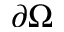
\partial \Omega